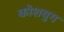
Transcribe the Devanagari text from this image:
कोशयुग